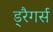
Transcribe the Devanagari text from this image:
ड्रैगर्स